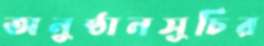
অনুষ্ঠানসূচির